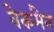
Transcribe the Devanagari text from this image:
वेकमैन